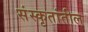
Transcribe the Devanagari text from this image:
संस्कृतांतील